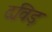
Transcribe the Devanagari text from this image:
दविड़